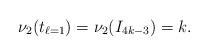
LaTeX: \begin{align*} \nu_{2}(t_{\ell=1}) = \nu_{2}(I_{4k-3}) = k. \end{align*}